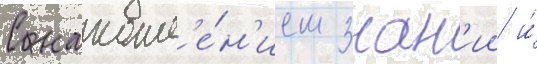
С накопл'е́н'ием знан'ии и́